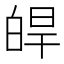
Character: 皔